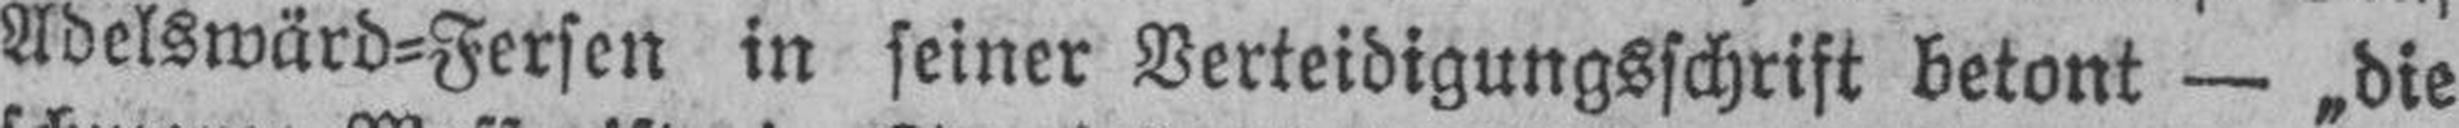
Adelswärd=Fersen in seiner Verteidigungsschrift betont — „die